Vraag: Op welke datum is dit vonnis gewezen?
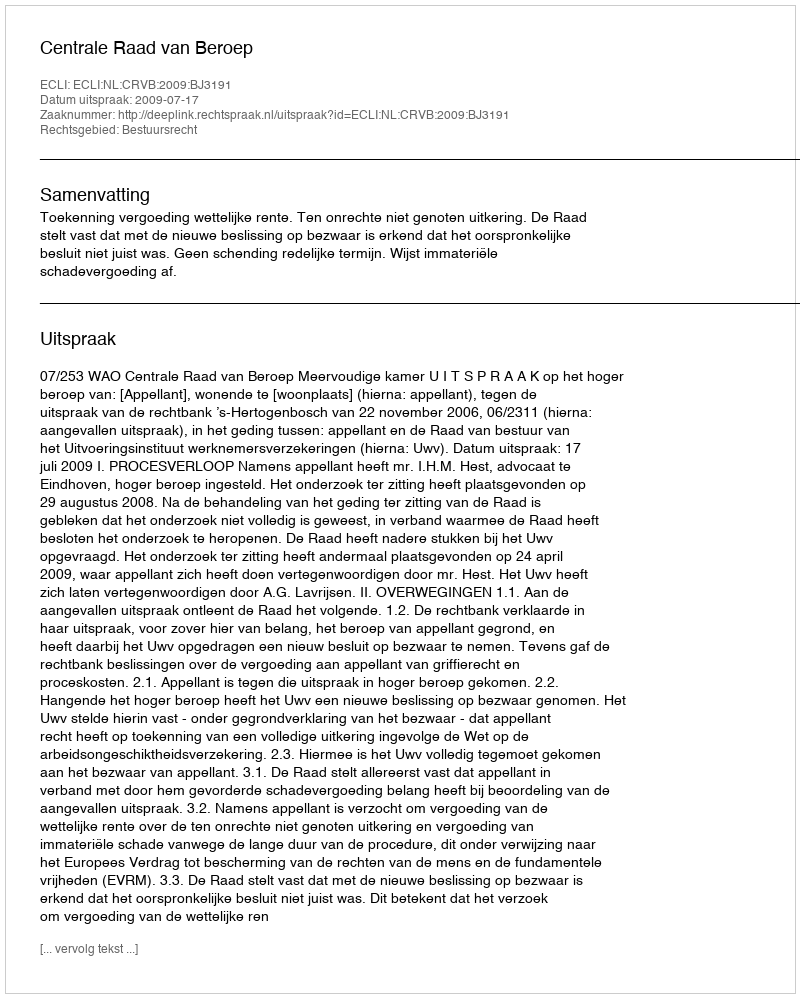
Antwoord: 2009-07-17